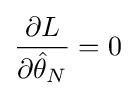
{\frac {\partial L}{\partial {\hat {\theta }}_{N}}}=0